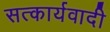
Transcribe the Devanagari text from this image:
सत्कार्यवादी